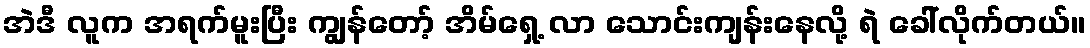
အဲဒီ လူက အရက်မူးပြီး ကျွန်တော့် အိမ်ရှေ့ လာ သောင်းကျန်းနေလို့ ရဲ ခေါ်လိုက်တယ်။